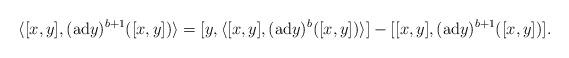
LaTeX: \begin{align*} \langle [x,y],(\mathrm{ad} y)^{b+1}([x,y])\rangle=[y,\langle [x,y], (\mathrm{ad} y)^b([x,y])\rangle]-[[x,y],(\mathrm{ad} y)^{b+1}([x,y])].\end{align*}